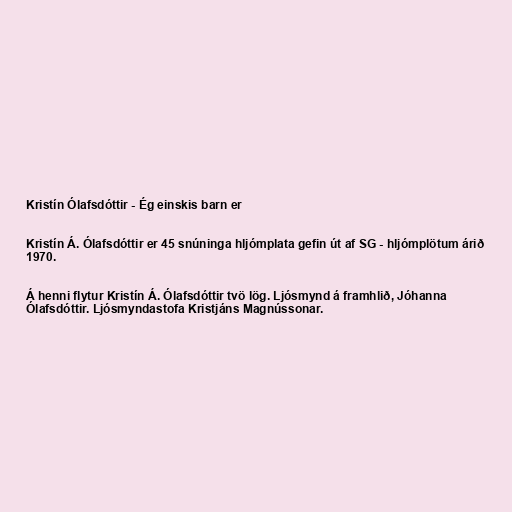
Kristín Ólafsdóttir - Ég einskis barn er

Kristín Á. Ólafsdóttir er 45 snúninga hljómplata gefin út af SG - hljómplötum árið
1970.

Á henni flytur Kristín Á. Ólafsdóttir tvö lög. Ljósmynd á framhlið, Jóhanna
Ólafsdóttir. Ljósmyndastofa Kristjáns Magnússonar.